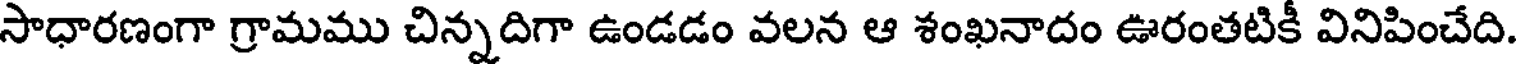
సాధారణంగా గ్రామము చిన్నదిగా ఉండడం వలన ఆ శంఖనాదం ఊరంతటికీ వినిపించేది.